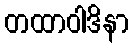
တထာဝါဒိနာ